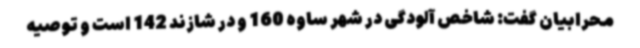
محرابیان گفت: شاخص آلودگی در شهر ساوه 160 و در شازند 142 است و توصیه